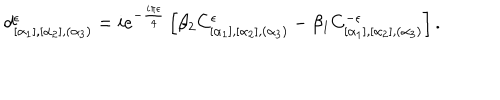
LaTeX: d _ { [ \alpha _ { 1 } ] , [ \alpha _ { 2 } ] , ( \alpha _ { 3 } ) } ^ { \epsilon } = i e ^ { - \frac { i \pi \epsilon } { 4 } } \left[ \beta _ { 2 } C _ { [ \alpha _ { 1 } ] , [ \alpha _ { 2 } ] , ( \alpha _ { 3 } ) } ^ { \epsilon } - \beta _ { 1 } C _ { [ \alpha _ { 1 } ] , [ \alpha _ { 2 } ] , ( \alpha _ { 3 } ) } ^ { - \epsilon } \right] .